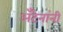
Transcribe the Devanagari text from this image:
अँटेनांनी